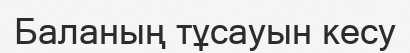
Баланың тұсауын кесу